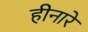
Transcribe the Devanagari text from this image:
हीनारे